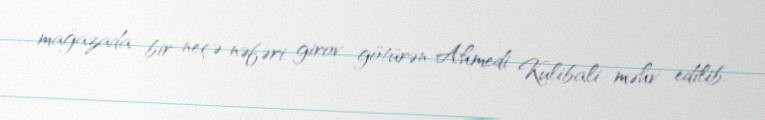
mağazada bir neçə nəfəri girov götürən Ahmedi Kulibali məhv edilib.